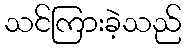
သင်ကြားခဲ့သည်